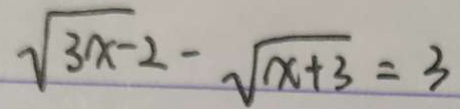
\sqrt { 3 x - 2 } - \sqrt { x + 3 } = 3